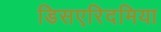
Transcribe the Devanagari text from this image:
डिसएरिदमिया